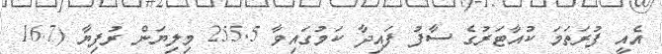
އެއީ ފުރަތަމަ ކުއާޓަރުގެ ސާފު ފައިދާ ކަމުގައިވާ 255.5 މިލިޔަން ރުފިޔާ (16.7